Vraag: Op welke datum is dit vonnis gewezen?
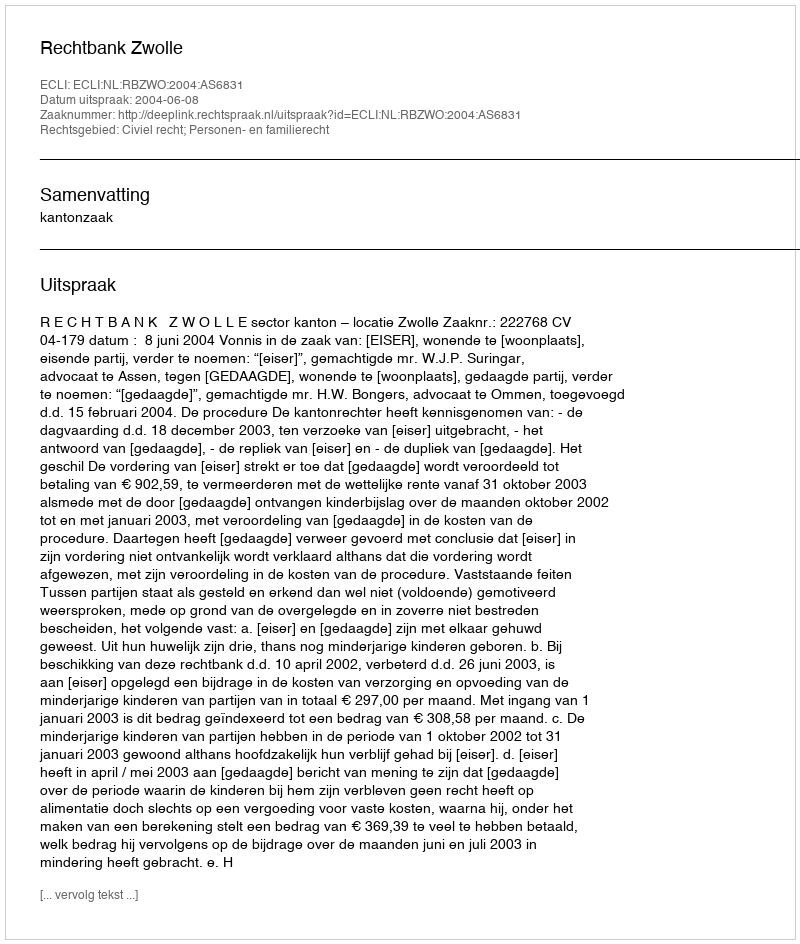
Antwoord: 2004-06-08